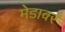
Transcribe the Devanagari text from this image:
मेडावर